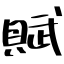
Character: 賦